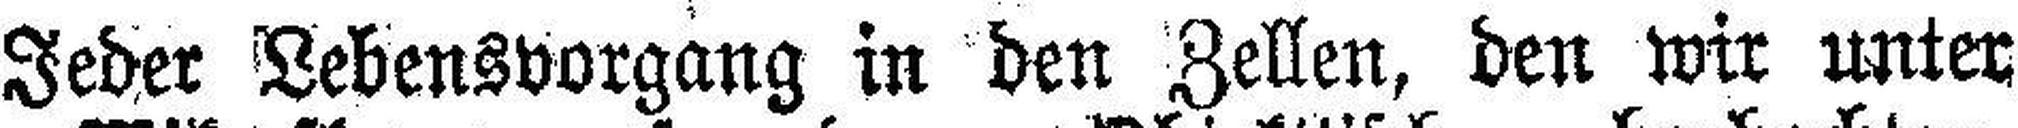
Jeder Lebensvorgang in den Zellen, den wir unter